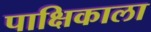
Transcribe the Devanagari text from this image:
पाक्षिकाला